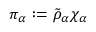
\pi _ { \alpha } : = \tilde { \rho } _ { \alpha } \chi _ { \alpha }